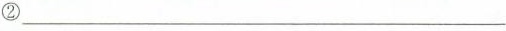
②___